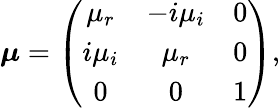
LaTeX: \boldsymbol{\mu}=\left(\begin{array}{ccc}{\mu_{r}}&{-i\mu_{i}}&{0}\\ {i\mu_{i}}&{\mu_{r}}&{0}\\ {0}&{0}&{1}\end{array}\right),